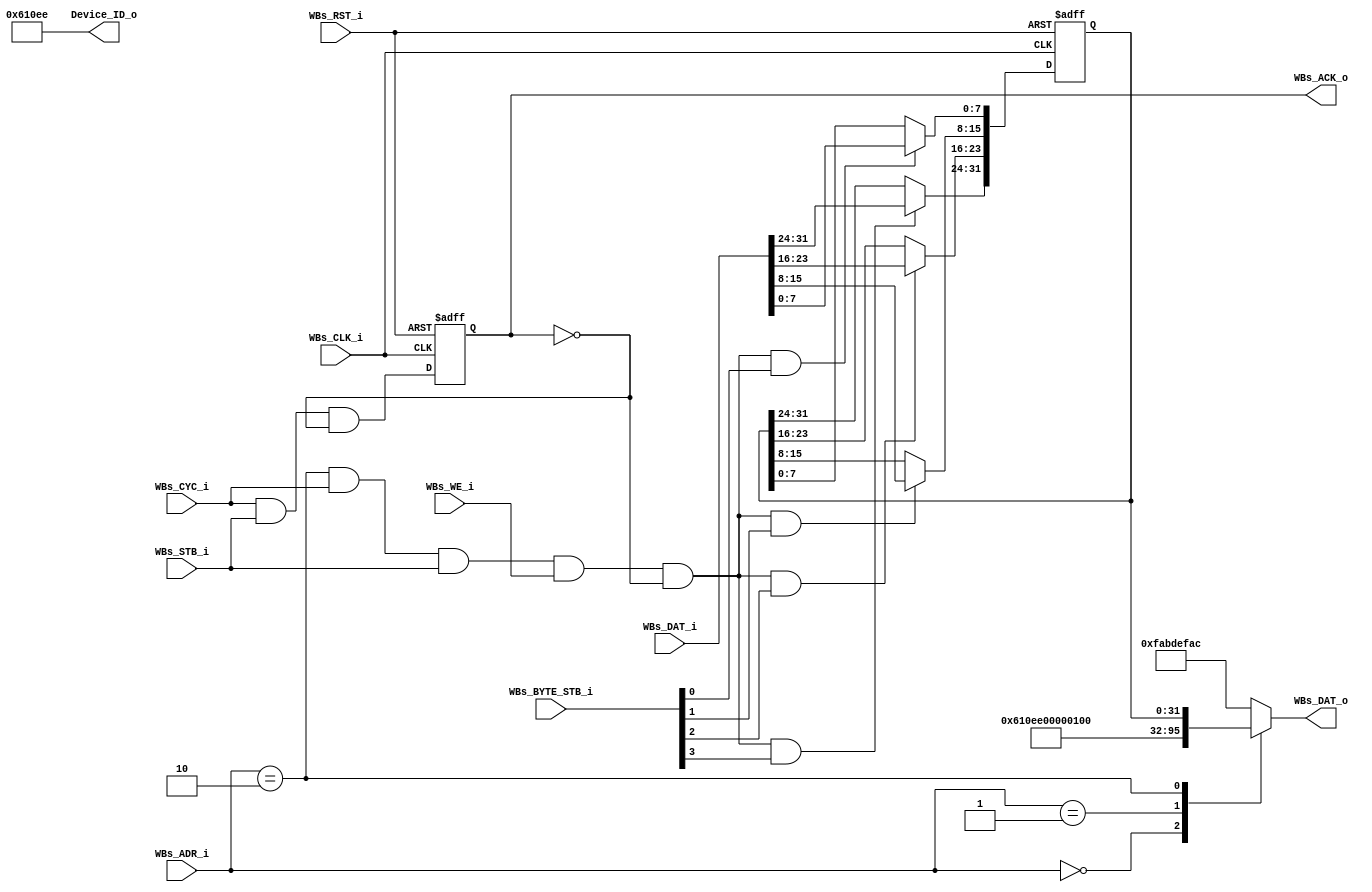
// -----------------------------------------------------------------------------
// title          : AL4S3B Example FPGA Register Module
// project        : Tamar2 Device
// -----------------------------------------------------------------------------
// company        : QuickLogic Corp
// last update    : 2016/02/03
// platform       : ArcticLink 4 S3B
// standard       : Verilog 2001
// -----------------------------------------------------------------------------
// description: The FPGA example IP design contains the essential logic for
//              interfacing the ASSP of the AL4S3B to registers and memory 
//              located in the programmable FPGA.
// -----------------------------------------------------------------------------
// copyright (c) 2016
// -----------------------------------------------------------------------------
// revisions  :
// date            version    author         description
// 2016/02/03      1.0        Glen Gomes     Initial Release
//
// -----------------------------------------------------------------------------
// Comments: This solution is specifically for use with the QuickLogic
//           AL4S3B device. 
// -----------------------------------------------------------------------------
//

`timescale 1ns / 10ps


module AL4S3B_FPGA_Registers ( 

                         // AHB-To_FPGA Bridge I/F
                         //
                         WBs_ADR_i,
                         WBs_CYC_i,
                         WBs_BYTE_STB_i,
                         WBs_WE_i,
                         WBs_STB_i,
                         WBs_DAT_i,
                         WBs_CLK_i,
                         WBs_RST_i,
                         WBs_DAT_o,
                         WBs_ACK_o,

                         //
                         // Misc
                         //
                         Device_ID_o
                         );


//------Port Parameters----------------
//

parameter                ADDRWIDTH                   =   7  ;   // Allow for up to 128 registers in the FPGA
parameter                DATAWIDTH                   =  32  ;   // Allow for up to 128 registers in the FPGA

parameter                FPGA_REG_ID_VALUE_ADR     =  7'h0; 
parameter                FPGA_REVISION_NO_ADR    =  7'h1; 
parameter                FPGA_REG_SCRATCH_REG_ADR  =  7'h2; 

parameter                AL4S3B_DEVICE_ID            = 20'h610EE; 
parameter                AL4S3B_REV_LEVEL            = 16'h0100;
parameter                AL4S3B_SCRATCH_REG          = 32'h12345678  ;

parameter                AL4S3B_DEF_REG_VALUE        = 32'hFAB_DEF_AC;


//------Port Signals-------------------
//

// AHB-To_FPGA Bridge I/F
//
input   [ADDRWIDTH-1:0]  WBs_ADR_i     ;  // Address Bus                to   FPGA
input                    WBs_CYC_i     ;  // Cycle Chip Select          to   FPGA
input             [3:0]  WBs_BYTE_STB_i;  // Byte Select                to   FPGA
input                    WBs_WE_i      ;  // Write Enable               to   FPGA
input                    WBs_STB_i     ;  // Strobe Signal              to   FPGA
input   [DATAWIDTH-1:0]  WBs_DAT_i     ;  // Write Data Bus             to   FPGA
input                    WBs_CLK_i     ;  // FPGA Clock               from FPGA
input                    WBs_RST_i     ;  // FPGA Reset               to   FPGA
output  [DATAWIDTH-1:0]  WBs_DAT_o     ;  // Read Data Bus              from FPGA
output                   WBs_ACK_o     ;  // Transfer Cycle Acknowledge from FPGA

//
// Misc
//
output           [19:0]  Device_ID_o   ;


// FPGA Global Signals
//
wire                     WBs_CLK_i     ;  // Wishbone FPGA Clock
wire                     WBs_RST_i     ;  // Wishbone FPGA Reset

// Wishbone Bus Signals
//
wire    [ADDRWIDTH-1:0]  WBs_ADR_i     ;  // Wishbone Address Bus
wire                     WBs_CYC_i     ;  // Wishbone Client Cycle  Strobe (i.e. Chip Select)
wire              [3:0]  WBs_BYTE_STB_i;  // Wishbone Byte   Enables
wire                     WBs_WE_i      ;  // Wishbone Write  Enable Strobe
wire                     WBs_STB_i     ;  // Wishbone Transfer      Strobe
wire    [DATAWIDTH-1:0]  WBs_DAT_i     ;  // Wishbone Write  Data Bus
 
reg     [DATAWIDTH-1:0]  WBs_DAT_o     ;  // Wishbone Read   Data Bus

reg                      WBs_ACK_o     ;  // Wishbone Client Acknowledge

// Misc
//
wire              [19:0]  Device_ID_o   ;
wire              [15:0]  Rev_No   ;

reg              [31:0]  Scratch_Reg   ;


//------Define Parameters--------------
//

//
// None at this time
//

//------Internal Signals---------------
//
//wire                     FB_Dev_ID_Wr_Dcd   ;
//wire                     FB_Rev_NO_Wr_Dcd    ;
wire                     FB_Scratch_Reg_Wr_Dcd ;


//------Logic Operations---------------

// Define the FPGA's local register write enables
//
//assign FB_Dev_ID_Wr_Dcd       = ( WBs_ADR_i == FPGA_REG_ID_VALUE_ADR    ) & WBs_CYC_i & WBs_STB_i & WBs_WE_i   & (~WBs_ACK_o);
//assign FB_Rev_NO_Wr_Dcd    = ( WBs_ADR_i == FPGA_REVISION_NO_ADR  ) & WBs_CYC_i & WBs_STB_i & WBs_WE_i   & (~WBs_ACK_o);
assign FB_Scratch_Reg_Wr_Dcd  = ( WBs_ADR_i == FPGA_REG_SCRATCH_REG_ADR ) & WBs_CYC_i & WBs_STB_i & WBs_WE_i   & (~WBs_ACK_o);


// Define the Acknowledge back to the host for registers
//
assign WBs_ACK_o_nxt          =   WBs_CYC_i & WBs_STB_i & (~WBs_ACK_o);


// Define the FPGA's Local Registers
//
always @( posedge WBs_CLK_i or posedge WBs_RST_i)
begin
    if (WBs_RST_i)
    begin
        Scratch_Reg       <=  AL4S3B_SCRATCH_REG           ;
		WBs_ACK_o         <= 1'b0						   ;
    end  
    else
    begin

        if(FB_Scratch_Reg_Wr_Dcd   && WBs_BYTE_STB_i[0])
			Scratch_Reg[7:0]    <= WBs_DAT_i[7:0]  ;
			
		if(FB_Scratch_Reg_Wr_Dcd   && WBs_BYTE_STB_i[1])
			Scratch_Reg[15:8]     <= WBs_DAT_i[15:8]  ;
			
		if(FB_Scratch_Reg_Wr_Dcd   && WBs_BYTE_STB_i[2])
			Scratch_Reg[23:16]     <= WBs_DAT_i[23:16]  ;
			
		if(FB_Scratch_Reg_Wr_Dcd   && WBs_BYTE_STB_i[3])
			Scratch_Reg[31:24]     <= WBs_DAT_i[31:24]  ;
 
        WBs_ACK_o                   <=  WBs_ACK_o_nxt  ;
    end  
end

assign Device_ID_o = AL4S3B_DEVICE_ID ; 
assign Rev_No      = AL4S3B_REV_LEVEL; 
// Define the how to read the local registers and memory
//
always @(
         WBs_ADR_i        or
         Device_ID_o      or
         Rev_No  		  or
	    //Scratch_Register
         Scratch_Reg
 )
 begin
    case(WBs_ADR_i[ADDRWIDTH-1:0])
    FPGA_REG_ID_VALUE_ADR     : WBs_DAT_o <= { 12'h0, Device_ID_o         };
    FPGA_REVISION_NO_ADR      : WBs_DAT_o <= { 16'h0, Rev_No   		    };
    FPGA_REG_SCRATCH_REG_ADR  : WBs_DAT_o <=  Scratch_Reg;
	default                     : WBs_DAT_o <=          AL4S3B_DEF_REG_VALUE ;
	endcase
end


//------Instantiate Modules------------
//

//
// None Currently
//

endmodule